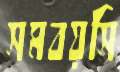
সমবয়সি